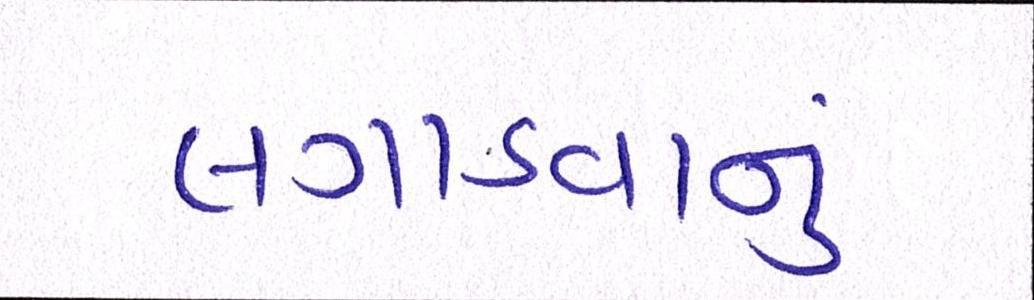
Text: લગાડવાનું